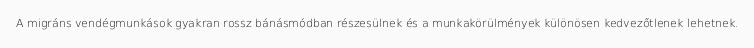
A migráns vendégmunkások gyakran rossz bánásmódban részesülnek és a munkakörülmények különösen kedvezőtlenek lehetnek.